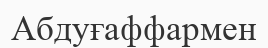
Абдуғаффармен